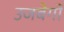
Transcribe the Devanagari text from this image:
उजबेगों